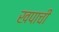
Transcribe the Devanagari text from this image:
खपाची